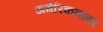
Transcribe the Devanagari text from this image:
अमेरिकनांवर